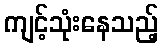
ကျင့်သုံးနေသည့်